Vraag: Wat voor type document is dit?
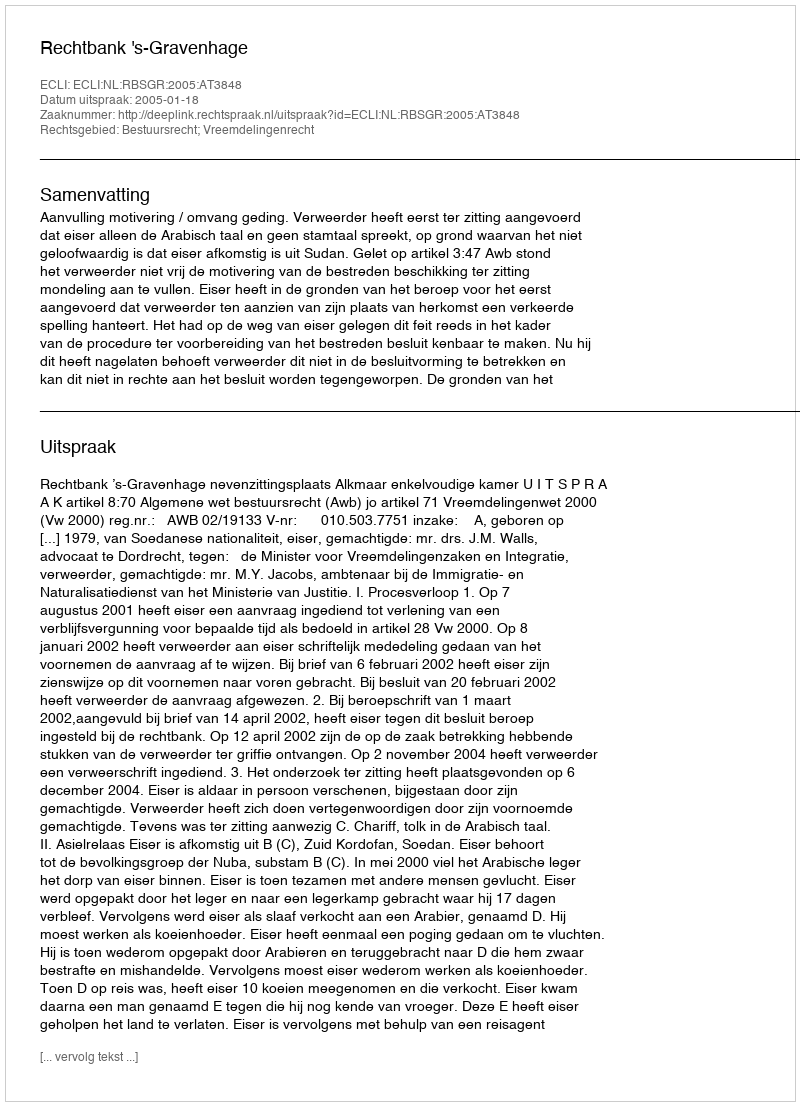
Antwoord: Uitspraak